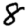
Digit: 8